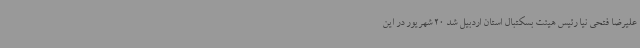
علیرضا فتحی نیا رئیس هیئت بسکتبال استان اردبیل شد 20 شهریور در این